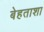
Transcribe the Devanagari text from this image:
बेहताशा